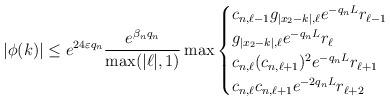
LaTeX: \begin{align*}|\phi(k)| \leq e^{24\varepsilon q_n} \frac{e^{\beta_n q_n}}{\max(|\ell|,1)} \max\begin{cases} c_{n,\ell-1} g_{|x_2-k|, \ell} e^{-q_n L} r_{\ell-1}\\ g_{|x_2-k|, \ell} e^{-q_n L} r_{\ell}\\c_{n,\ell} (c_{n,\ell+1})^2 e^{-q_n L} r_{\ell+1}\\c_{n,\ell} c_{n,\ell+1} e^{-2q_n L} r_{\ell+2}\end{cases}\end{align*}